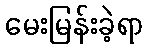
မေးမြန်းခဲ့ရာ